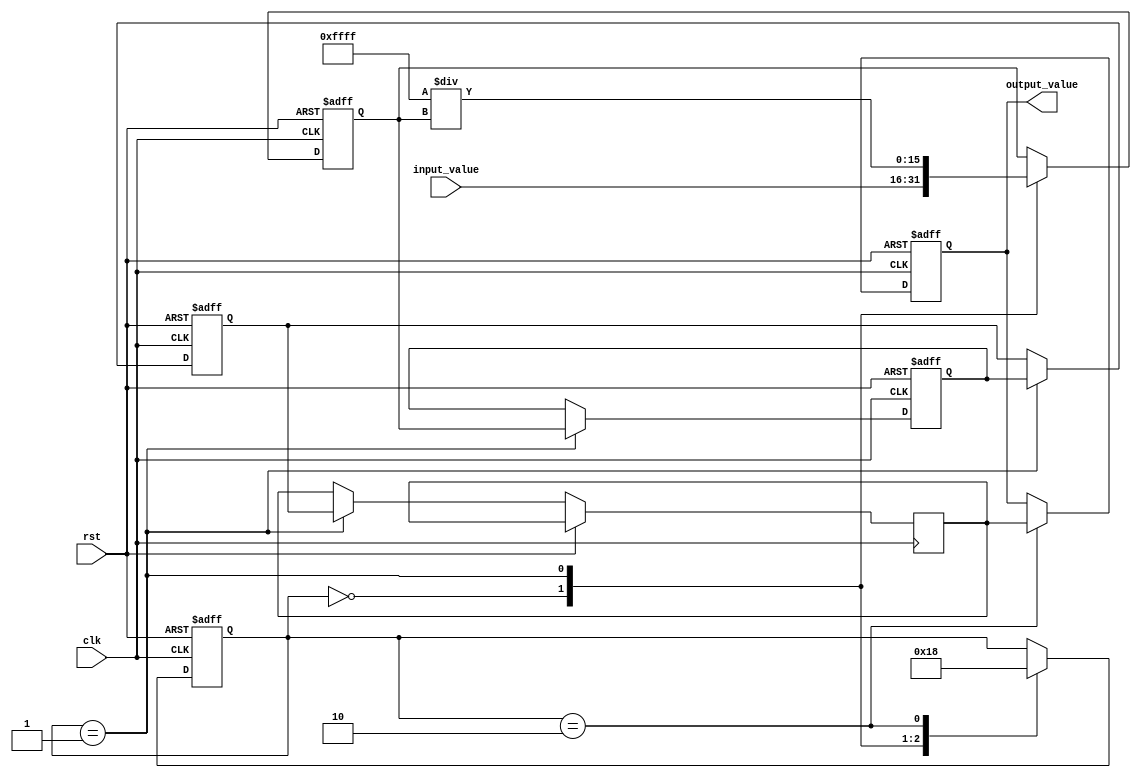
module systolic_array_reciprocal (
    input wire clk,
    input wire rst,
    input wire [15:0] input_value, // Input value for which reciprocal is to be computed
    output reg [15:0] output_value // Output reciprocal value
);

    // Define the size of the systolic array
    parameter SIZE = 2; // 2x2 array
    reg [15:0] pe [0:SIZE-1][0:SIZE-1]; // Processing Elements (PEs)
    reg [15:0] temp_result;
    integer i, j;

    // Control signals
    reg [1:0] state; // State for control logic
    parameter IDLE = 2'b00, PROCESS = 2'b01, OUTPUT = 2'b10;

    // Initialize the PEs and control logic
    always @(posedge clk or posedge rst) begin
        if (rst) begin
            // Reset all PEs and output
            for (i = 0; i < SIZE; i = i + 1) begin
                for (j = 0; j < SIZE; j = j + 1) begin
                    pe[i][j] <= 16'b0;
                end
            end
            output_value <= 16'b0;
            state <= IDLE;
        end else begin
            case (state)
                IDLE: begin
                    // Load input value into the first PE
                    pe[0][0] <= input_value;
                    state <= PROCESS;
                end
                
                PROCESS: begin
                    // Perform reciprocal computation using a simple iterative method
                    // For simplicity, we use a fixed number of iterations
                    for (i = 0; i < SIZE; i = i + 1) begin
                        for (j = 0; j < SIZE; j = j + 1) begin
                            if (i == 0 && j == 0) begin
                                // Initial guess for reciprocal
                                pe[i][j] <= 16'hFFFF / pe[i][j]; // Initial approximation
                            end else if (i > 0) begin
                                // Pass the result down the column
                                pe[i][j] <= pe[i-1][j];
                            end else if (j > 0) begin
                                // Pass the result across the row
                                pe[i][j] <= pe[i][j-1];
                            end
                        end
                    end
                    // Update temp_result with the final value from the last PE
                    temp_result <= pe[SIZE-1][SIZE-1];
                    state <= OUTPUT;
                end
                
                OUTPUT: begin
                    // Output the final reciprocal value
                    output_value <= temp_result;
                    state <= IDLE; // Go back to IDLE state
                end
            endcase
        end
    end
endmodule